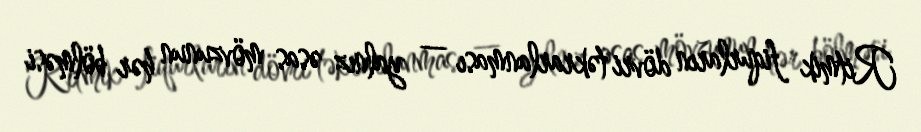
Ritmik fiqurların dövri təkrarlanması — yalnız əsas mövzunun hər bölməsi